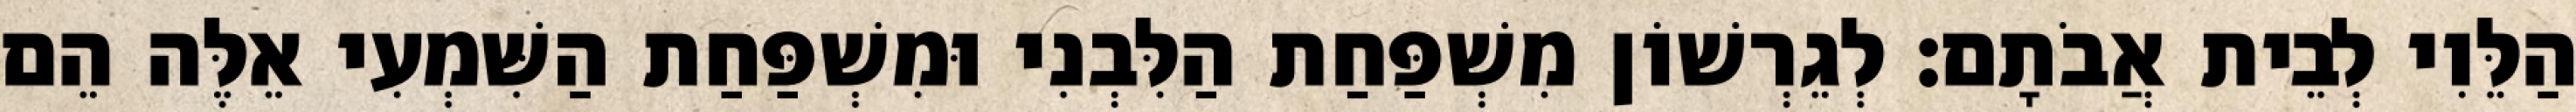
הַלֵּוִי לְבֵית אֲבֹתָם׃ לְגֵרְשׁוֹן מִשְׁפַּחַת הַלִּבְנִי וּמִשְׁפַּחַת הַשִּׁמְעִי אֵלֶּה הֵם